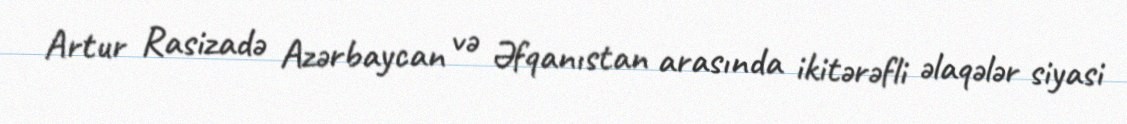
Artur Rasizadə Azərbaycan və Əfqanıstan arasında ikitərəfli əlaqələr siyasi